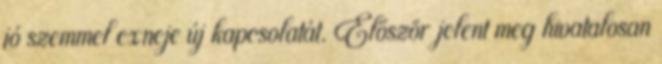
jó szemmel exneje új kapcsolatát. Először jelent meg hivatalosan